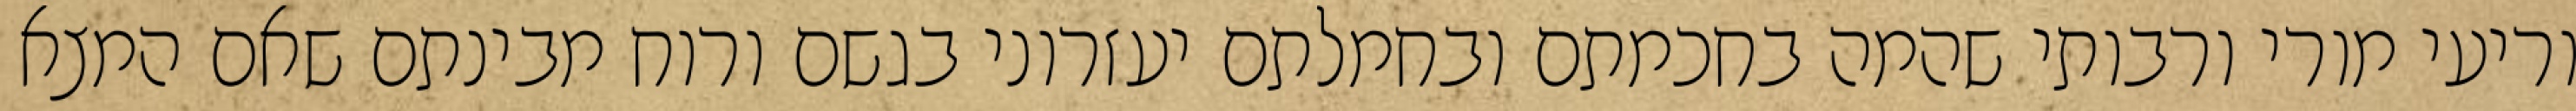
וריעי מורי ורבותי שהמה בחכמתם ובחמלתם יעזרוני בגשם ורוח מבינתם שאם המצא